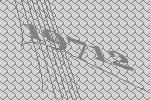
19712